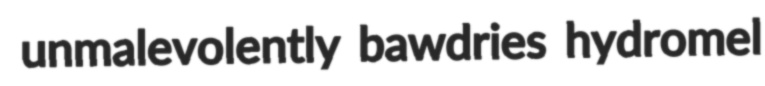
unmalevolently bawdries hydromel